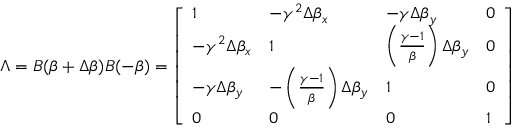
\Lambda = B ( { \boldsymbol { \beta } } + \Delta { \boldsymbol { \beta } } ) B ( - { \boldsymbol { \beta } } ) = { \left[ \begin{array} { l l l l } { 1 } & { - \gamma ^ { 2 } \Delta \beta _ { x } } & { - \gamma \Delta \beta _ { y } } & { 0 } \\ { - \gamma ^ { 2 } \Delta \beta _ { x } } & { 1 } & { \left( { \frac { \gamma - 1 } { \beta } } \right) \Delta \beta _ { y } } & { 0 } \\ { - \gamma \Delta \beta _ { y } } & { - \left( { \frac { \gamma - 1 } { \beta } } \right) \Delta \beta _ { y } } & { 1 } & { 0 } \\ { 0 } & { 0 } & { 0 } & { 1 } \end{array} \right] }